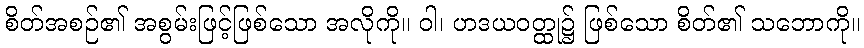
စိတ်အစဉ်၏ အစွမ်းဖြင့်ဖြစ်သော အလိုကို။ ဝါ၊ ဟဒယဝတ္ထု၌ ဖြစ်သော စိတ်၏ သဘောကို။